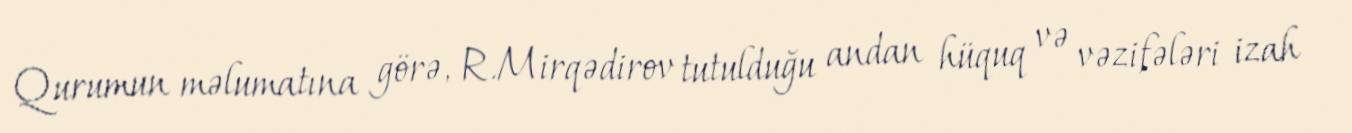
Qurumun məlumatına görə, R.Mirqədirov tutulduğu andan hüquq və vəzifələri izah